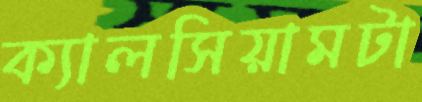
ক্যালসিয়ামটা